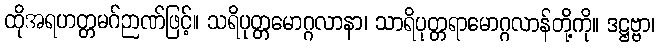
ထိုအရဟတ္တမဂ်ဉာဏ်ဖြင့်။ သရိပုတ္တမောဂ္ဂလာနာ၊ သာရိပုတ္တရာမောဂ္ဂလာန်တို့ကို။ ဒဋ္ဌဗ္ဗာ၊